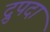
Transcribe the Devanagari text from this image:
द्रुपदा